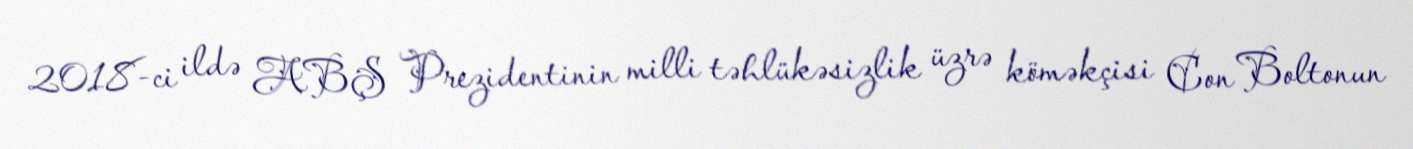
2018-ci ildə ABŞ Prezidentinin milli təhlükəsizlik üzrə köməkçisi Con Boltonun